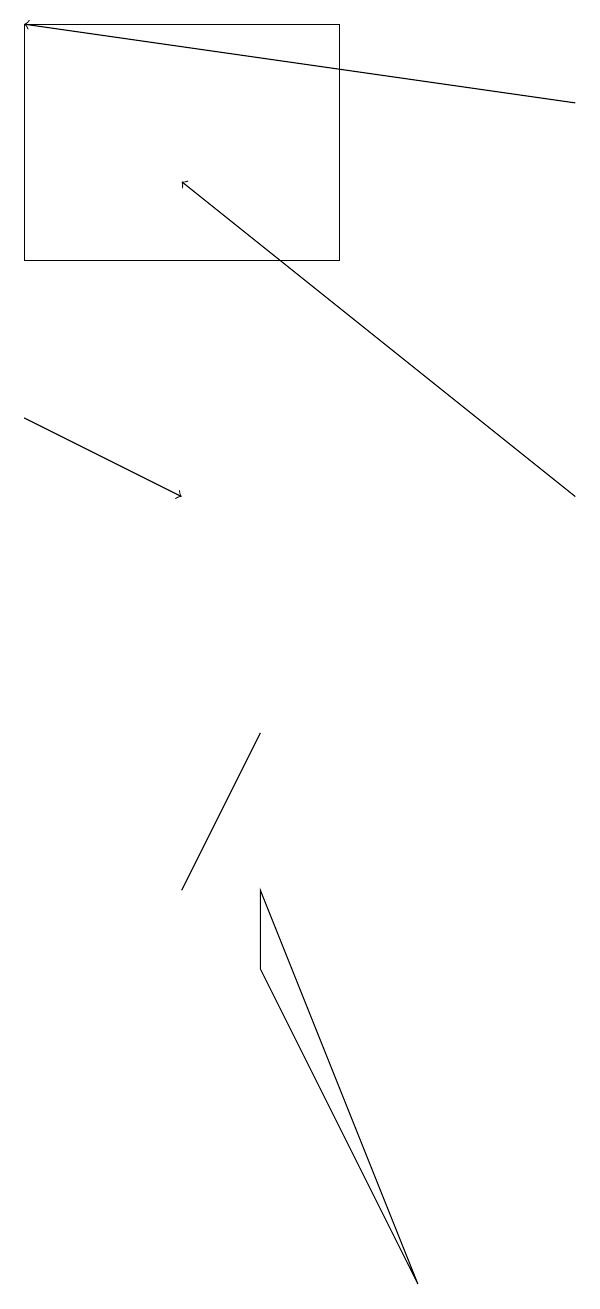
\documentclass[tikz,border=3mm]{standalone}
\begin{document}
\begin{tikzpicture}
\draw[->] (8,17) -- (1,18);
\draw[->] (8,12) -- (3,16);
\draw[->] (1,13) -- (3,12);
\draw (4,7) -- (6,2) -- (4,6) -- cycle;
\draw (3,7) -- (4,9) -- (3,7) -- cycle;
\draw (5,18) rectangle (1,15);
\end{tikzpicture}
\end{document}